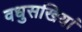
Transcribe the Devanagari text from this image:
वधुसखियां